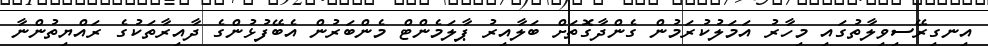
އިނގިރޭސިވިލާތުގައި މިހާރު އަމަލުކުރަމުން ގެންދާގޮތަށް ބަލާއިރު ޕާލަމެންޓް މެންބަރުން އެބޭފުޅުންގެ ދާއިރާތަކުގެ ރައްޔިތުންނާ